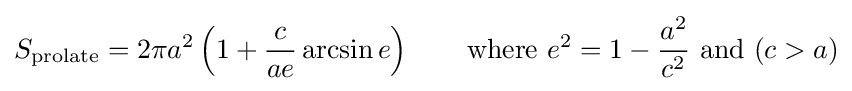
S_{\text{prolate}}=2\pi a^{2}\left(1+{\frac {c}{ae}}\arcsin e\right)\qquad {\text{where }}e^{2}=1-{\frac {a^{2}}{c^{2}}}{\text{ and }}(c>a)